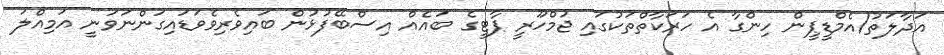
އަދާލަތު/އެމްޑީޕީން ހިންގާ އެ ހަރަކާތްތަކުގައި ޖުމްހޫރީ ޕާޓީގެ ބައެއް އިސްބޭފުޅުން ބައިވެރިވެވަޑައިގަންނަވަނީ އަމިއްލަ